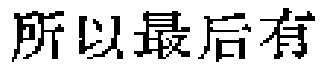
所以最后有